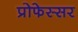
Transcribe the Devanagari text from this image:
प्रोफेस्सर